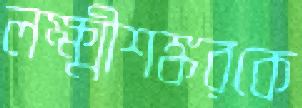
লক্ষ্মীশঙ্করকে